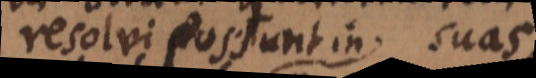
resolvi possunt in partes